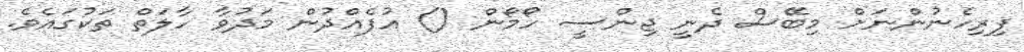
ފިރިހެނުންނަށް މިބޭސް ދެނީ ޖިންސީ ހޯމޯން () އުފެއްދުން މަދުވާ ހާލަތް ތަކުގައެވެ.